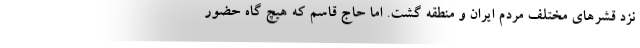
نزد قشرهای مختلف مردم ایران و منطقه گشت. اما حاج قاسم که هیچ گاه حضور